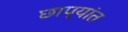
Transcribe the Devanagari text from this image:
छाप्यांत